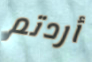
أردتم